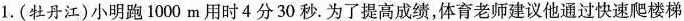
1.(牡丹江)小明跑1000m用时4分30秒。为了提高成绩，体育老师建议他通过快速爬楼梯